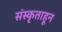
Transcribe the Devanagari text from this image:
संस्कृताहून